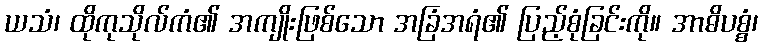
ယသံ၊ ထိုကုသိုလ်ကံ၏ အကျိုးဖြစ်သော အခြံအရံ၏ ပြည့်စုံခြင်းကို။ အာဓိပစ္စံ၊